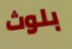
بلوث